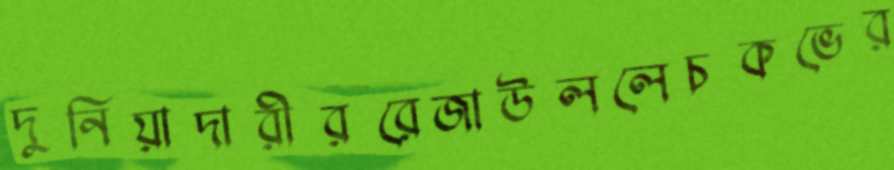
দুনিয়াদারীররেজাউললেচকভের